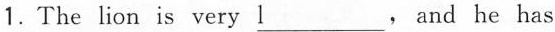
1.The lion is very \underline{l}, and he has